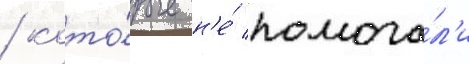
/ кото́рые н'е́ помога́л'и